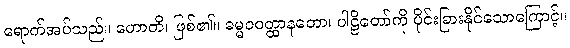
ရောက်အပ်သည်။ ဟောတိ၊ ဖြစ်၏။ ဓမ္မဝဝတ္ထာနတော၊ ပါဠိတော်ကို ပိုင်းခြားနိုင်သောကြောင့်။